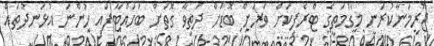
ޖޫރިމަނާކުރަނީ މަގުމަތީގެ ޓްރެފިކަށް ވަރަށް ބޮޑަށް ދަތިވާ ގޮތަށް ބަހައްޓާފައި ހުންނަ އުޅަނދުތައް